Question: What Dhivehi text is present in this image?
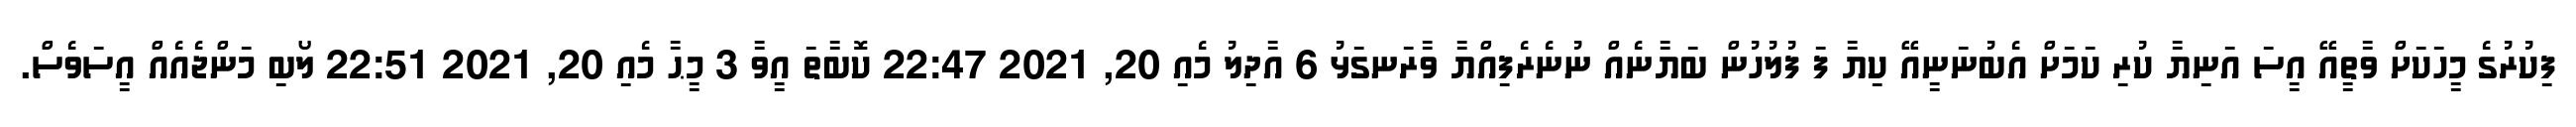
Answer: ފިކުރުގެ މީހަކަށް ވާތީއޭ އީސަ އަނިޔާ ކުރި ކަމަށް އެބުނަނީއޭ ކިޔާ ފަ ފުލުހުން ބަޔާނެއް ނުނެރެފިއްޔާ ވާރަނގަޅު 6 އާދިލު މެއި 20, 2021 22:47 ކޮބާތަ އީވާ 3 މީޙާ މެއި 20, 2021 22:51 ލޯބި މަންޖެއެއް އީސަވެސް.